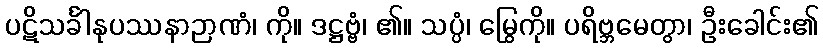
ပဋိသင်္ခါနုပဿနာဉာဏံ၊ ကို။ ဒဋ္ဌဗ္ဗံ၊ ၏။ သပ္ပံ၊ မြွေကို။ ပရိဗ္ဘမေတွာ၊ ဦးခေါင်း၏